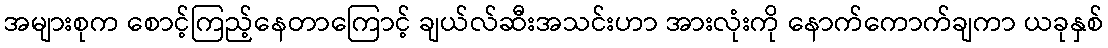
အများစုက စောင့်ကြည့်နေတာကြောင့် ချယ်လ်ဆီးအသင်းဟာ အားလုံးကို နောက်ကောက်ချကာ ယခုနှစ်